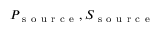
P _ { \mathrm { ~ s ~ o ~ u ~ r ~ c ~ e ~ } } , S _ { \mathrm { ~ s ~ o ~ u ~ r ~ c ~ e ~ } }